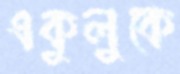
একুলুকে